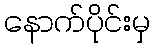
နောက်ပိုင်းမှ